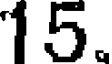
15.